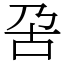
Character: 呄